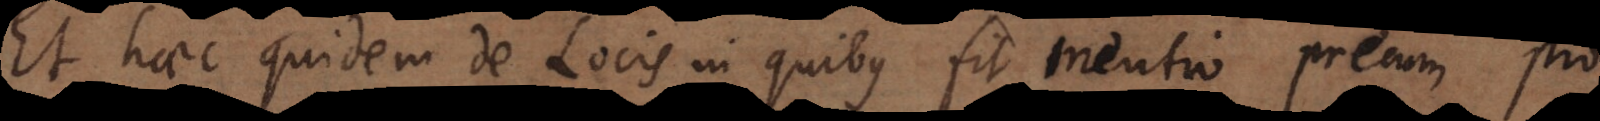
Et haec quidem de Locis in quibus fit mentio precum pro